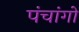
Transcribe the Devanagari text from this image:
पंचांगो